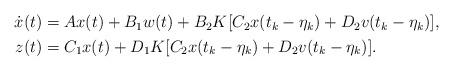
LaTeX: \begin{align*}\begin{aligned}\dot x(t)&=Ax(t)+B_1w(t)+B_2K[C_2x(t_k-\eta_k)+D_2v(t_k-\eta_k)], \\z(t)&=C_1x(t)+D_1K[C_2x(t_k-\eta_k)+D_2v(t_k-\eta_k)].\end{aligned}\end{align*}